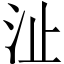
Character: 沚